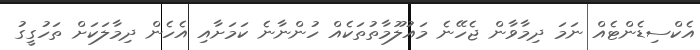
އެކްސިޑެންޓެއް ނަމަ ދިމާވާން ޖެހޭނެ މައުލޫމާތުތަކެއް ހުންނާނެ ކަމަށާއި އެހެން ދިމާލަކަށް ތަހުގީގު